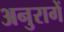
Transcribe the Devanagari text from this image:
अनुरागें